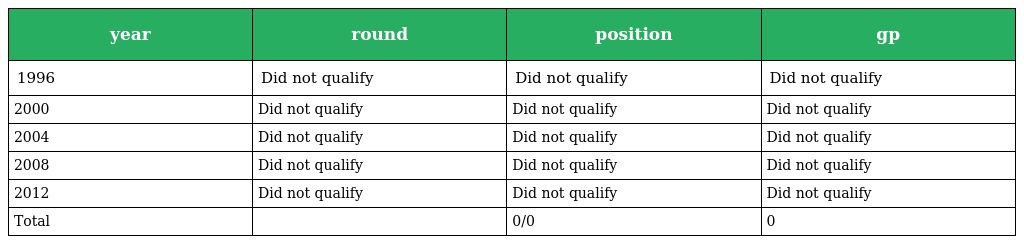
| year | round | position | gp |
 | --- | --- | --- | --- |
 | 1996 | Did not qualify | Did not qualify | Did not qualify |
 | 2000 | Did not qualify | Did not qualify | Did not qualify |
 | 2004 | Did not qualify | Did not qualify | Did not qualify |
 | 2008 | Did not qualify | Did not qualify | Did not qualify |
 | 2012 | Did not qualify | Did not qualify | Did not qualify |
 | Total |  | 0/0 | 0 |